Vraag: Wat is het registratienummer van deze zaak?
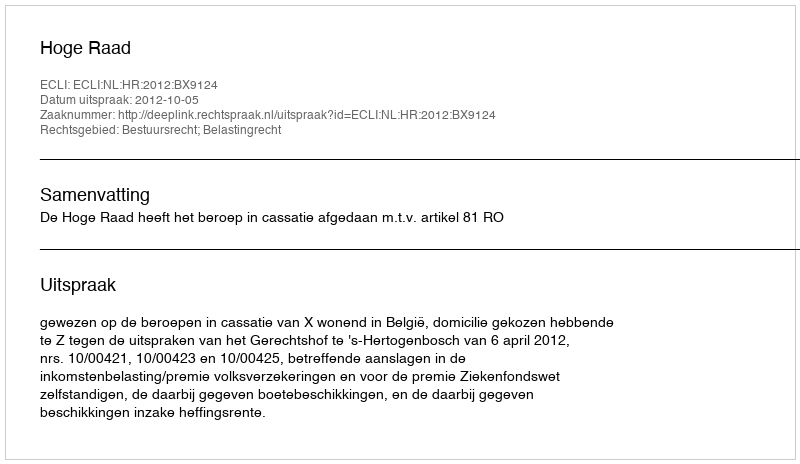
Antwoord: http://deeplink.rechtspraak.nl/uitspraak?id=ECLI:NL:HR:2012:BX9124